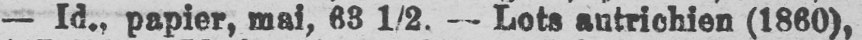
- Id.. papier, mai, 63 1/2. - Lots autrichien (1860),